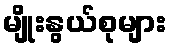
မျိုးနွယ်စုများ